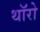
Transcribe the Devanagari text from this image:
थॉरो